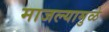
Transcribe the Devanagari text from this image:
माजल्यामुळे